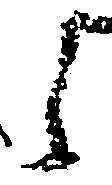
之